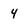
Character: 4